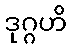
ဒုဂ္ဂဟိ